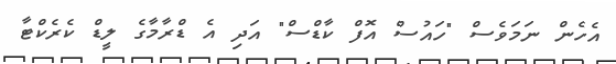
އެހެން ނަމަވެސް "ހައުސް އޮފް ކާޑްސް" އަދި އެ ޑްރާމާގެ ލީޑް ކެރެކްޓާ